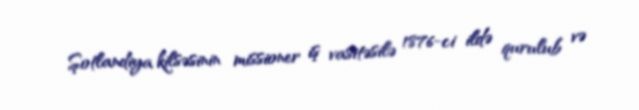
Şotlandiya kilsəsinin missioner iş vasitəsilə 1876-ci ildə qurulub və